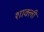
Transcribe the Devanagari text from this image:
शाक्ली